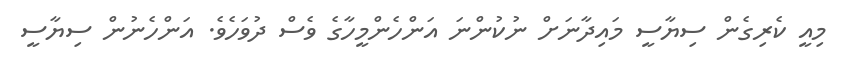
މިއީ ކެރިގެން ސިޔާސީ މައިދާނަށް ނުކުންނަ އަންހެންމީހާގެ ވެސް ދުވަހެވެ. އަންހެނުން ސިޔާސީ